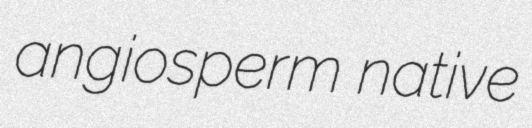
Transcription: angiosperm native